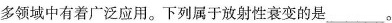
众多领域中有着广泛应用。下列属于放射性衰变的是___。